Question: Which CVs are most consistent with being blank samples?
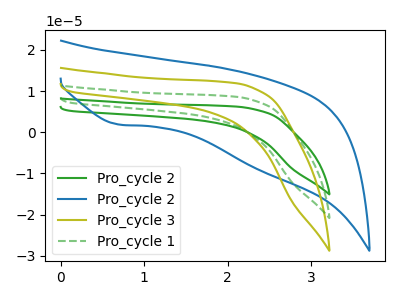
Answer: <think>The green curve "Pro_cycle 2" has no peaks. The blue curve "Pro_cycle 2" has a cathodic peak at: (0.70V, 1.90uA). The olive curve "Pro_cycle 3" has no peaks. The green dashed curve "Pro_cycle 1" has no peaks.</think>
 <answer>"Pro_cycle 2", "Pro_cycle 3" and "Pro_cycle 1" are likely to be blanks.</answer>
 <eval>"Pro_cycle 2", "Pro_cycle 3", "Pro_cycle 1"</eval>